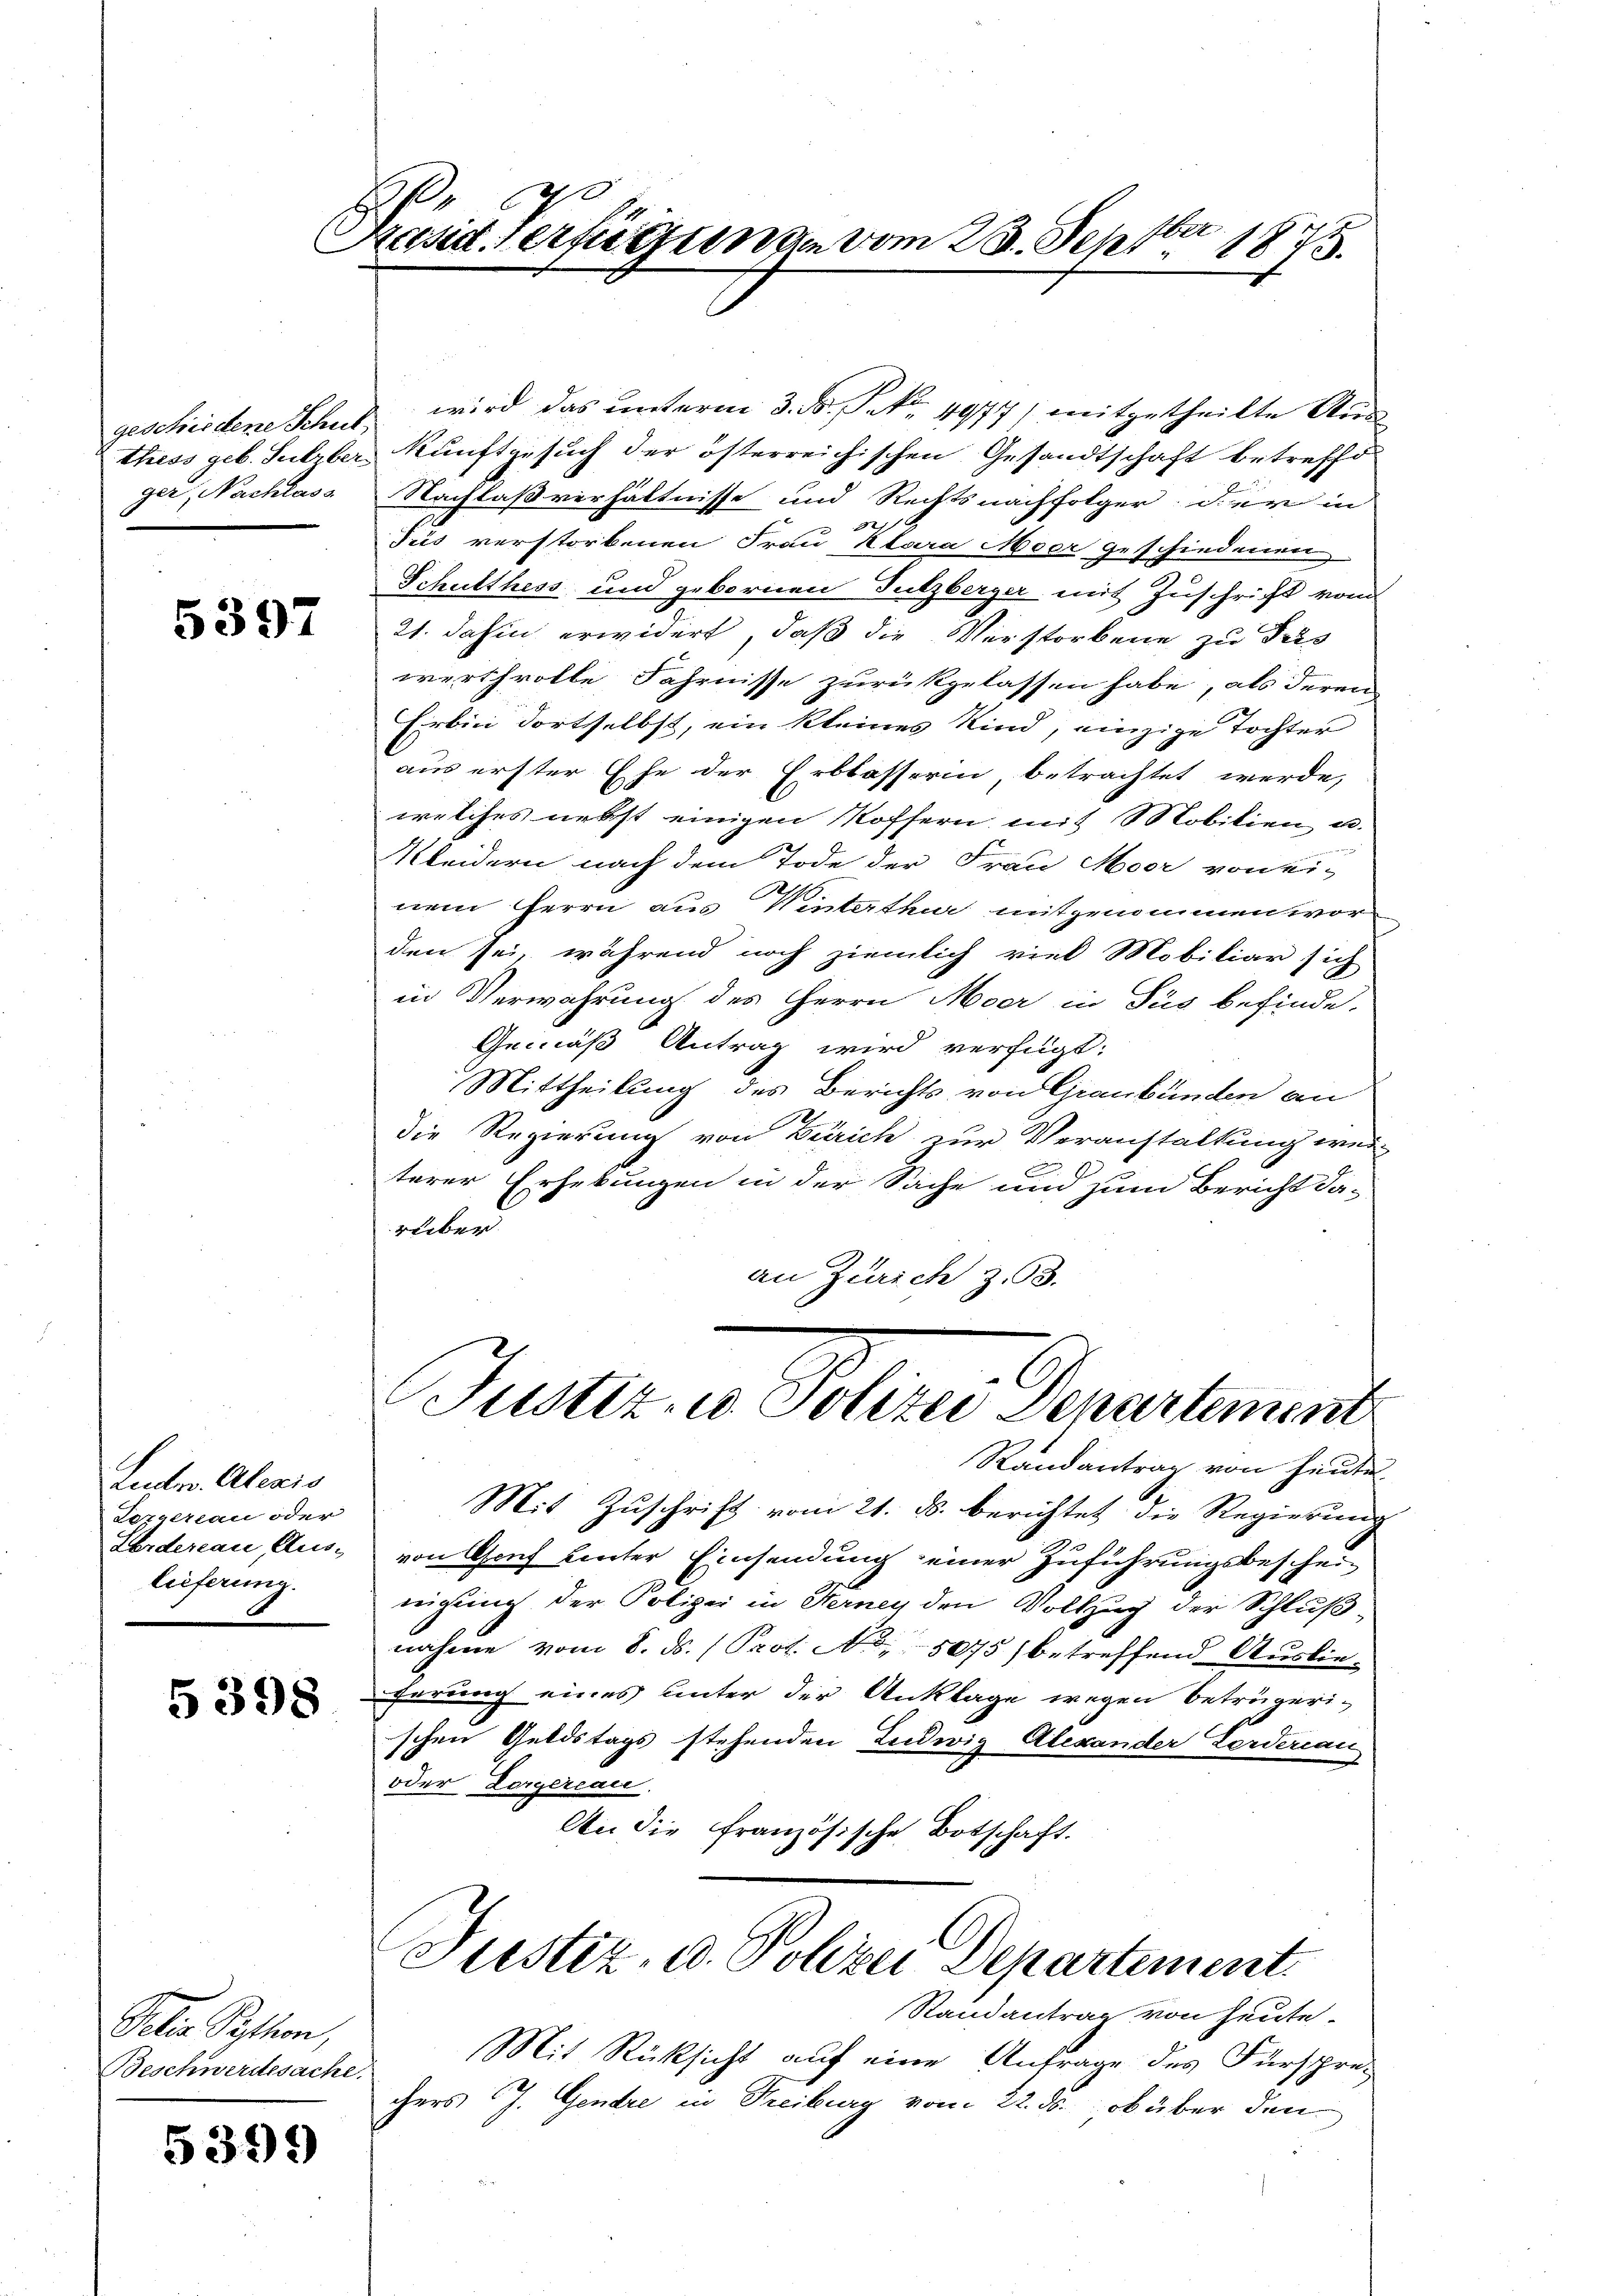
geschiedene Schut
ger, Nachlass

5397

Ludr. Alexis
Lepelzlau oder
Lordereau, Aus-
lieferung.

5398

Pelian Paston,
Beschwerdesache.

5399

ber
Präsid. Verfügungen vom 23. Sept. 1875.

wird das unterm 3. d. Jak. 1977) mitgetheilte Austhess geb. Sulzber kunftgesuch der österreichischen Gesandtschaft betreffe
Nachlaßverhältnisse und Rechtsnachfolger; der in
22.
Jus verstorbenen Frau klara Moer geschiedenen
Schulthess und gebornen Sulzberger mit Zuschrift vom
21. dahin erwidert, daß die Verstorbene zu des
werthvolle Fahrnisse zurükgelassen habe, als deren
Erbin dortselbst, ein kleines Kind, einzige Tochter
aus erster Ehe der Erblasserin, betrachtet werde,
welches nebst einigen Koffern mit Mobilien u.
2
Kleidern nach dem Tode der Frau Moor von ei¬
.
nem Herrn aus Winterthur mitgenommen worden sei, während noch ziemlich viel Mobiliar sich
in Verwahrung des Herrn Meer in Sus befinde.
Gemäß Antrag wird verfügt:
Mittheilung des Berichts von Graubünden an
die Regierung von Zürich zur Veranstaltung wei-
terer Erhebungen in der Sache und zum Bericht da-
rüber.
an Zürich z. 93.

Justiz, u. Polizei denartement

Randantrag von heute
Mit Zuschrift vom 21. ds. berichtet die Regierung
von Genf hinter Einsendung einer Zuführungsbeschei-
nigung der Polizei in Sterney den Vollzug der Schlußnahme vom 8. ds. (Prot. No. 8075) betreffend Auslieherung eines unter der Anklage wegen beträgeri-
schen Geldstags stehenden Ludwig Alexander Zerderiau
oder Lorgercau.
An die Französische Botschaft.
Justiz- u. Polizei Departement
Randantrag von Heute.
Mit Rücksicht auf eine Anfrage des Fürsprechers J. Gendre in Freiburg vom 22. ds., ob über den